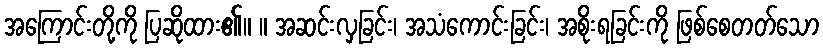
အကြောင်းတို့ကို ပြဆိုထား၏။ ။ အဆင်းလှခြင်း၊ အသံကောင်းခြင်း၊ အစိုးရခြင်းကို ဖြစ်စေတတ်သော